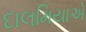
દાલમિયાએ